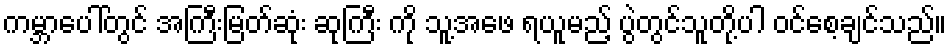
ကမ္ဘာပေါ်တွင် အကြီးမြတ်ဆုံး ဆုကြီး ကို သူ့အဖေ ရယူမည့် ပွဲတွင်သူတို့ပါ ဝင်စေ့ချင်သည်။